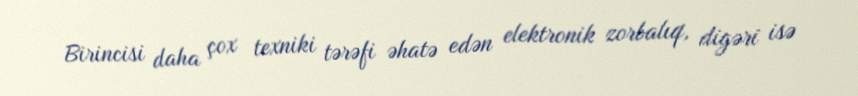
Birincisi daha çox texniki tərəfi əhatə edən elektronik zorbalıq, digəri isə